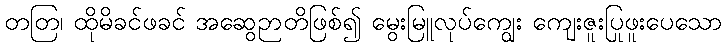
တတြ၊ ထိုမိခင်ဖခင် အဆွေဉာတိဖြစ်၍ မွေးမြူလုပ်ကျွေး ကျေးဇူးပြုဖူးပေသော